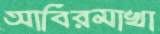
আবিরমাখা